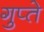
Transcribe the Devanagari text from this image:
गुप्‍ते